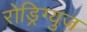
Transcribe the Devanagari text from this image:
रोड्रिग्युज